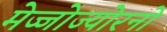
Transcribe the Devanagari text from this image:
मेज्जोज्योरनो